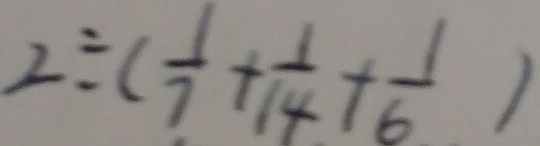
2 \div ( \frac { 1 } { 7 } + \frac { 1 } { 1 4 } + \frac { 1 } { 6 } )